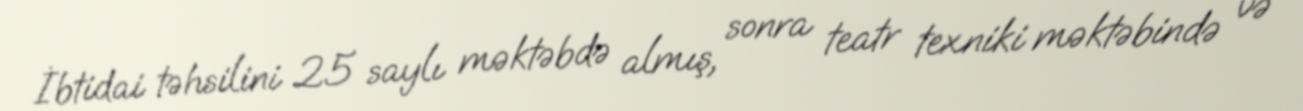
İbtidai təhsilini 25 saylı məktəbdə almış, sonra teatr texniki məktəbində və